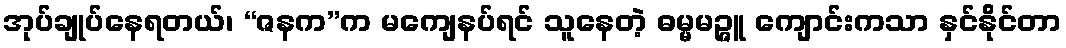
အုပ်ချုပ်နေရတယ်၊ “ဇနက”က မကျေနပ်ရင် သူနေတဲ့ ဓမ္မမဉ္ဇူ ကျောင်းကသာ နှင်နိုင်တာ